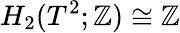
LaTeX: H_{2}(T^{2};\mathbb{Z})\cong\mathbb{Z}